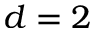
d = 2